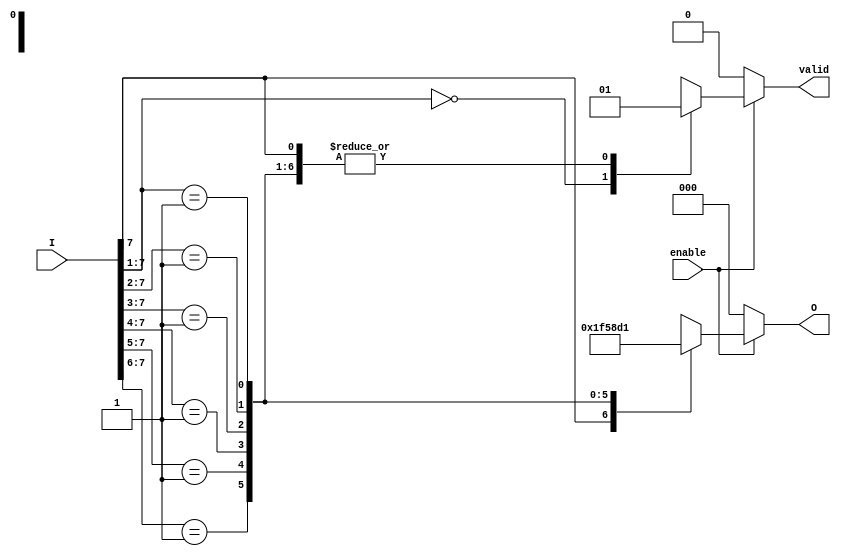
module octal_to_binary_encoder (
    input wire [7:0] I,      // Octal inputs I0 to I7
    input wire enable,       // Enable signal
    output reg [2:0] O,      // Binary output O0 to O2
    output reg valid         // Valid signal indicates if there's an active input
);

always @(*) begin
    if (!enable) begin
        // When enable is low, set outputs to default
        O = 3'b000;         // Default output
        valid = 1'b0;       // No valid active input
    end else begin
        // Priority encoding
        casez (I)
            8'b0000000z: begin // If no active input, treat as invalid
                O = 3'bXXX;   // Undefined output
                valid = 1'b0; // Not valid input
            end
            8'b1??????? : begin O = 3'b111; valid = 1'b1; end // I7
            8'b01?????? : begin O = 3'b110; valid = 1'b1; end // I6
            8'b001????? : begin O = 3'b101; valid = 1'b1; end // I5
            8'b0001???? : begin O = 3'b100; valid = 1'b1; end // I4
            8'b00001??? : begin O = 3'b011; valid = 1'b1; end // I3
            8'b000001?? : begin O = 3'b010; valid = 1'b1; end // I2
            8'b0000001? : begin O = 3'b001; valid = 1'b1; end // I1
            8'b00000001 : begin O = 3'b000; valid = 1'b1; end // I0
            default: begin     // Handle invalid state case
                O = 3'bXXX;    // Undefined output
                valid = 1'b0;  // Not valid input
            end
        endcase
    end
end

endmodule